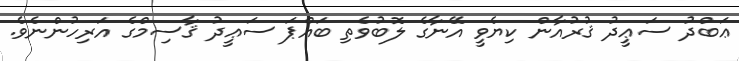
ޢަބްދު ސަޢީދު ޤުރުއާން ކިޔެވީ އޭނާގެ ލޮބުވެތި ބައްޕަ ސަޢީދު ޤާސިމްގެ އަރިހުންނެވެ.